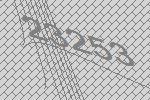
23253